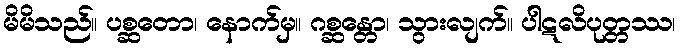
မိမိသည်။ ပစ္ဆတော၊ နောက်မှ။ ဂစ္ဆန္တော၊ သွားလျက်။ ပါဋလိပုတ္တဿ၊